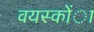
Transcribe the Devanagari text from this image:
वयस्कोंा